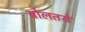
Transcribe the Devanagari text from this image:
बोलतसे